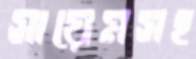
সায়েমসহ